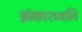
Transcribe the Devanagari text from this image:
झंकारध्वनि